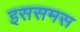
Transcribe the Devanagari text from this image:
इससमस